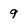
Character: 9